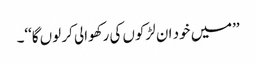
’’میں خود ان لڑکوں کی رکھوالی کر لوں گا‘‘۔